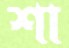
শা